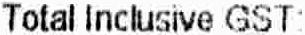
TOTAL INCLUSIVE GST: